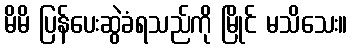
မိမိ ပြန်ပေးဆွဲခံရသည်ကို မြိုင် မသိသေး။